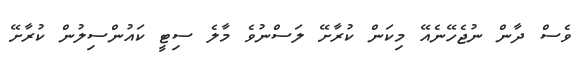
ވެސް ދާން ނުޖެހޭނެއޭ މިކަން ކުރާށޭ ލަސްނުވެ މާލެ ސިޓީ ކައުންސިލުން ކުރާށޭ